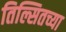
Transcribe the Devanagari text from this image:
तिल्सितच्या